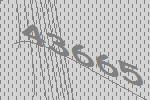
43665